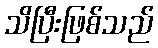
သိပြီးဖြစ်သည်